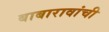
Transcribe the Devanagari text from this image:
बाबारावांची